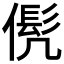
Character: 𱏍